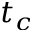
t _ { c }